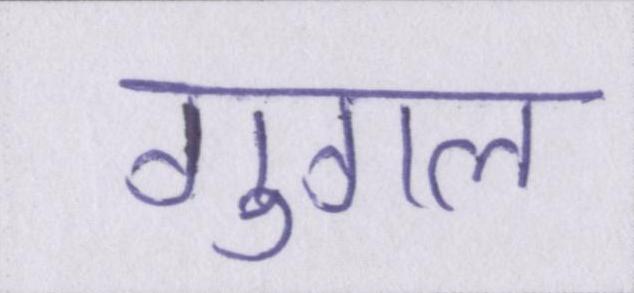
गुगल